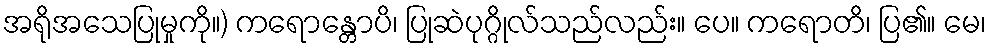
အရိုအသေပြုမှုကို။) ကရောန္တောပိ၊ ပြုဆဲပုဂ္ဂိုလ်သည်လည်း။ ပေ။ ကရောတိ၊ ပြ၏။ မေ၊